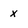
Character: x